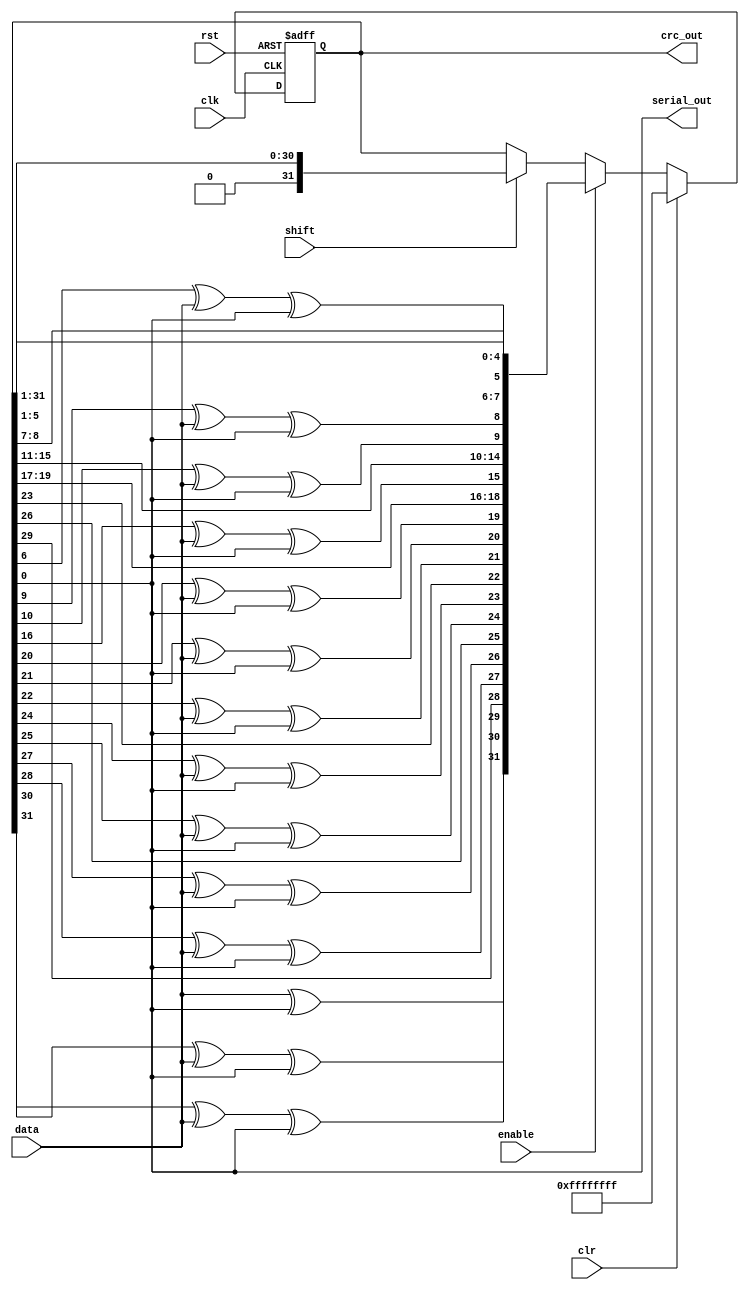
module adbg_crc32_1 (clk, data, enable, shift, clr, rst, crc_out, serial_out);
input         clk;
input         data;
input         enable;
input         shift;
input         clr;
input         rst;
output [31:0] crc_out;
output        serial_out;
reg    [31:0] crc;
wire   [31:0] new_crc;
assign new_crc[0] = crc[1];
assign new_crc[1] = crc[2];
assign new_crc[2] = crc[3];
assign new_crc[3] = crc[4];
assign new_crc[4] = crc[5];
assign new_crc[5] = crc[6] ^ data ^ crc[0];
assign new_crc[6] = crc[7];
assign new_crc[7] = crc[8];
assign new_crc[8] = crc[9] ^ data ^ crc[0];
assign new_crc[9] = crc[10] ^ data ^ crc[0];
assign new_crc[10] = crc[11];
assign new_crc[11] = crc[12];
assign new_crc[12] = crc[13];
assign new_crc[13] = crc[14];
assign new_crc[14] = crc[15];
assign new_crc[15] = crc[16] ^ data ^ crc[0];
assign new_crc[16] = crc[17];
assign new_crc[17] = crc[18];
assign new_crc[18] = crc[19];
assign new_crc[19] = crc[20] ^ data ^ crc[0];
assign new_crc[20] = crc[21] ^ data ^ crc[0];
assign new_crc[21] = crc[22] ^ data ^ crc[0];
assign new_crc[22] = crc[23];
assign new_crc[23] = crc[24] ^ data ^ crc[0];
assign new_crc[24] = crc[25] ^ data ^ crc[0];
assign new_crc[25] = crc[26];
assign new_crc[26] = crc[27] ^ data ^ crc[0];
assign new_crc[27] = crc[28] ^ data ^ crc[0];
assign new_crc[28] = crc[29];
assign new_crc[29] = crc[30] ^ data ^ crc[0];
assign new_crc[30] = crc[31] ^ data ^ crc[0];
assign new_crc[31] =           data ^ crc[0];
always @ (posedge clk or posedge rst)
begin
  if(rst)
    crc[31:0] <= #1 32'hffffffff;
  else if(clr)
    crc[31:0] <= #1 32'hffffffff;
  else if(enable)
    crc[31:0] <= #1 new_crc;
  else if (shift)
    crc[31:0] <= #1 {1'b0, crc[31:1]};
end
assign crc_out = crc; 
assign serial_out = crc[0];
endmodule